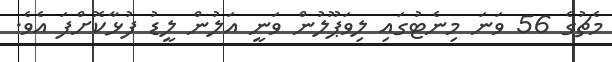
މެޗުގެ 56 ވަނަ މިނެޓުގައި ލިވަޕޫލުން ވަނީ އަލުން ލީޑު ފުޅާކޮށްފަ އެވެ.